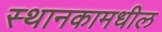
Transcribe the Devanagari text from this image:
स्थानकामधील